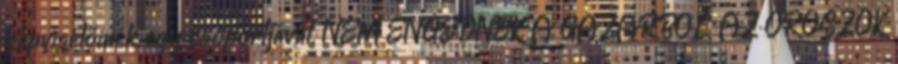
képviselőinek egy csoportjával. NEM ENGEDNEK A GÁZÁRBÓL AZ OROSZOK